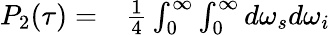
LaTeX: \begin{array}{rl}{P_{2}(\tau)=}&{{}\frac{1}{4}\int_{0}^{\infty}\int_{0}^{\infty}d\omega_{s}d\omega_{i}}\end{array}